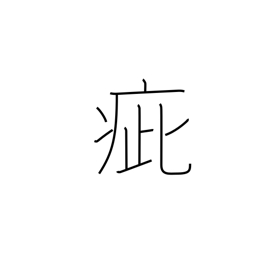
Meaning: speck